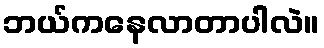
ဘယ်ကနေလာတာပါလဲ။